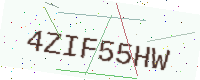
Text: 4ZIF55HW